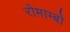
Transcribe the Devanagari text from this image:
रोमाम्बो